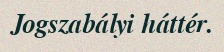
Jogszabályi háttér.